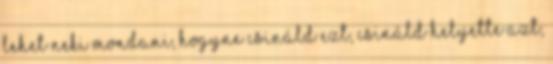
Lehet neki mondani, hogyne csináld ezt, csináld helyette azt,